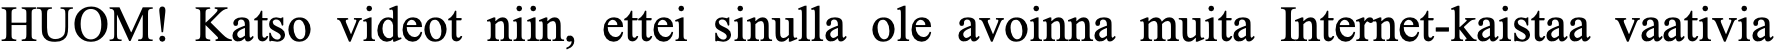
HUOM! Katso videot niin, ettei sinulla ole avoinna muita Internet-kaistaa vaativia